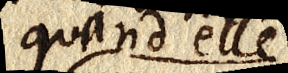
quand elle